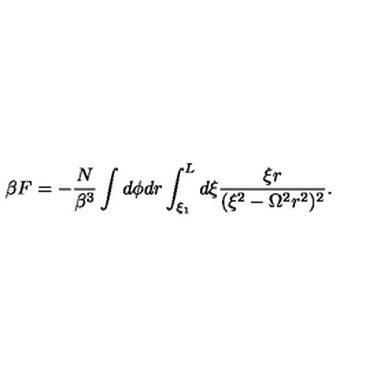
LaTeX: \beta F = - \frac { N } { \beta ^ { 3 } } \int d \phi d r \int _ { \xi _ { 1 } } ^ { L } d \xi \frac { \xi r } { ( \xi ^ { 2 } - \Omega ^ { 2 } r ^ { 2 } ) ^ { 2 } } .